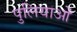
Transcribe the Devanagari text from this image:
पुलियाओं